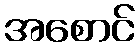
အစောင်